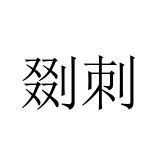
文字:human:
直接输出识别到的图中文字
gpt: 剟刺